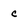
Character: c